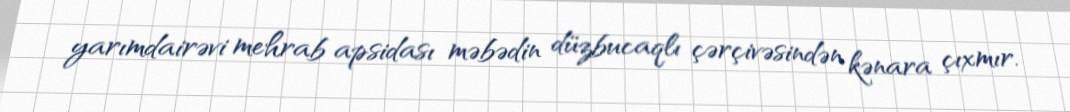
yarımdairəvi mehrab apsidası məbədin düzbucaqlı çərçivəsindən kənara çıxmır.